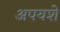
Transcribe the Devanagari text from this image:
अपयशे